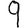
Digit: 9